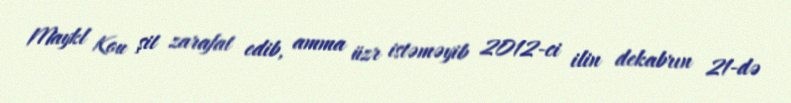
Maykl Kou şit zarafat edib, amma üzr istəməyib 2012-ci ilin dekabrın 21-də